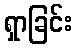
ရှာခြင်း